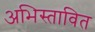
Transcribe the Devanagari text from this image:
अभिस्तावित